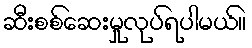
ဆီးစစ်ဆေးမှုလုပ်ရပါမယ်။